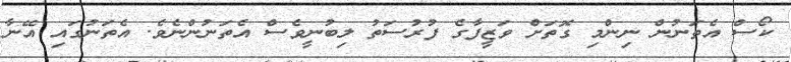
ކޯސް އެތަނުން ނިންމި ގޮތަށް ވަޒީފާގެ ފުރުސަތު ލިބުނީވެސް އެތަނުންނެވެ. އެތަނުގައި އޭނާ